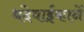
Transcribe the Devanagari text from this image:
धंदेवाईकानें